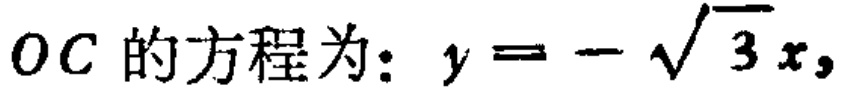
\(OC\)的方程为：\(y = - \sqrt{3}x\)